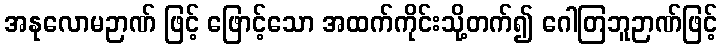
အနုလောမဉာဏ် ဖြင့် ဖြောင့်သော အထက်ကိုင်းသို့တက်၍ ဂေါတြဘူဉာဏ်ဖြင့်